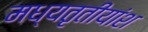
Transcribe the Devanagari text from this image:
मध्यतृतीयांश